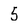
Character: 5